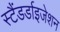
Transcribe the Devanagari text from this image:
स्टैंडर्डाइजेशन